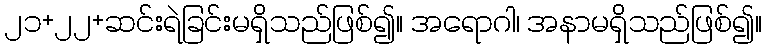
၂၁+၂၂+ဆင်းရဲခြင်းမရှိသည်ဖြစ်၍။ အရောဂါ၊ အနာမရှိသည်ဖြစ်၍။